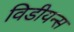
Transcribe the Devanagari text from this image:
विडीयन्स